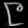
Digit: ၉